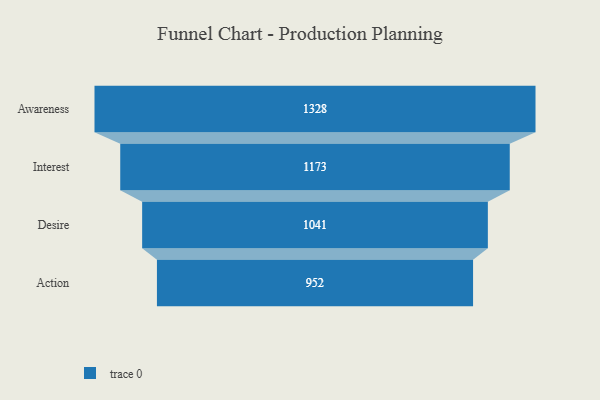
{"axis": {"x": "Stage", "y": "Value"}, "legend": [""], "data": [{"x": "Awareness", "y": 1328.0, "type": ""}, {"x": "Interest", "y": 1173.0, "type": ""}, {"x": "Desire", "y": 1041.0, "type": ""}, {"x": "Action", "y": 952.0, "type": ""}]}